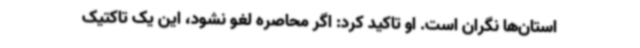
استان‌ها نگران است. او تاکید کرد: اگر محاصره لغو نشود، این یک تاکتیک